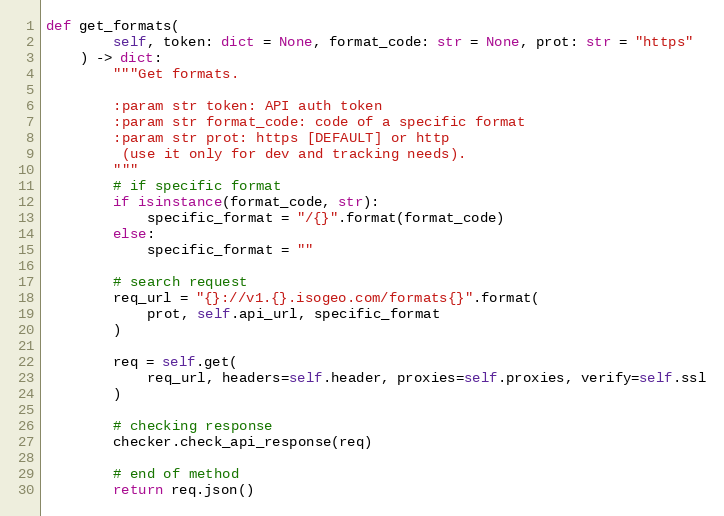
Language: Python
def get_formats(
        self, token: dict = None, format_code: str = None, prot: str = "https"
    ) -> dict:
        """Get formats.

        :param str token: API auth token
        :param str format_code: code of a specific format
        :param str prot: https [DEFAULT] or http
         (use it only for dev and tracking needs).
        """
        # if specific format
        if isinstance(format_code, str):
            specific_format = "/{}".format(format_code)
        else:
            specific_format = ""

        # search request
        req_url = "{}://v1.{}.isogeo.com/formats{}".format(
            prot, self.api_url, specific_format
        )

        req = self.get(
            req_url, headers=self.header, proxies=self.proxies, verify=self.ssl
        )

        # checking response
        checker.check_api_response(req)

        # end of method
        return req.json()